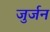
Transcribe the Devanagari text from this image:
जुर्जन